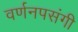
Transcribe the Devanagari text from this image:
वर्णनपसंगी